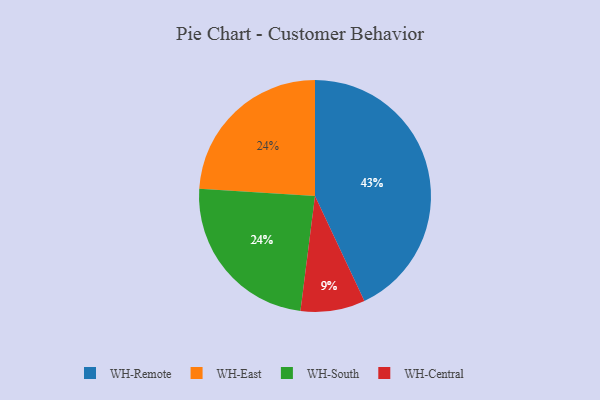
{"axis": {"x": "Category", "y": "Percentage"}, "legend": ["WH-Central", "WH-East", "WH-Remote", "WH-South"], "data": [{"x": "WH-East", "y": 24, "type": "WH-East"}, {"x": "WH-South", "y": 24, "type": "WH-South"}, {"x": "WH-Central", "y": 9, "type": "WH-Central"}, {"x": "WH-Remote", "y": 43, "type": "WH-Remote"}]}